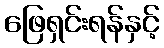
ဖြေရှင်းရန်နှင့်